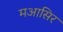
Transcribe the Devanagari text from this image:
मआसिर